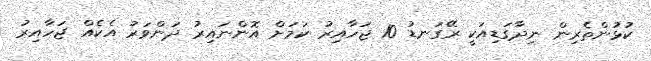
ކުޅުންތެރިން ނިދާގަޑިއަކީ ރޭގަނޑު 10 ޖަހާއިރު ކަމަށް އޮންނައިރު ދަންވަރު އެކެއް ޖަހާއިރު